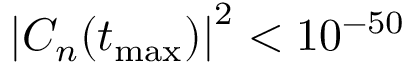
\left\vert C _ { n } ( t _ { \mathrm { m a x } } ) \right\vert ^ { 2 } < 1 0 ^ { - 5 0 }